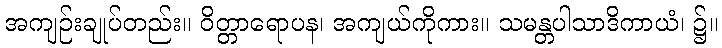
အကျဉ်းချုပ်တည်း။ ဝိတ္တာရောပန၊ အကျယ်ကိုကား။ သမန္တပါသာဒိကာယံ၊ ၌။